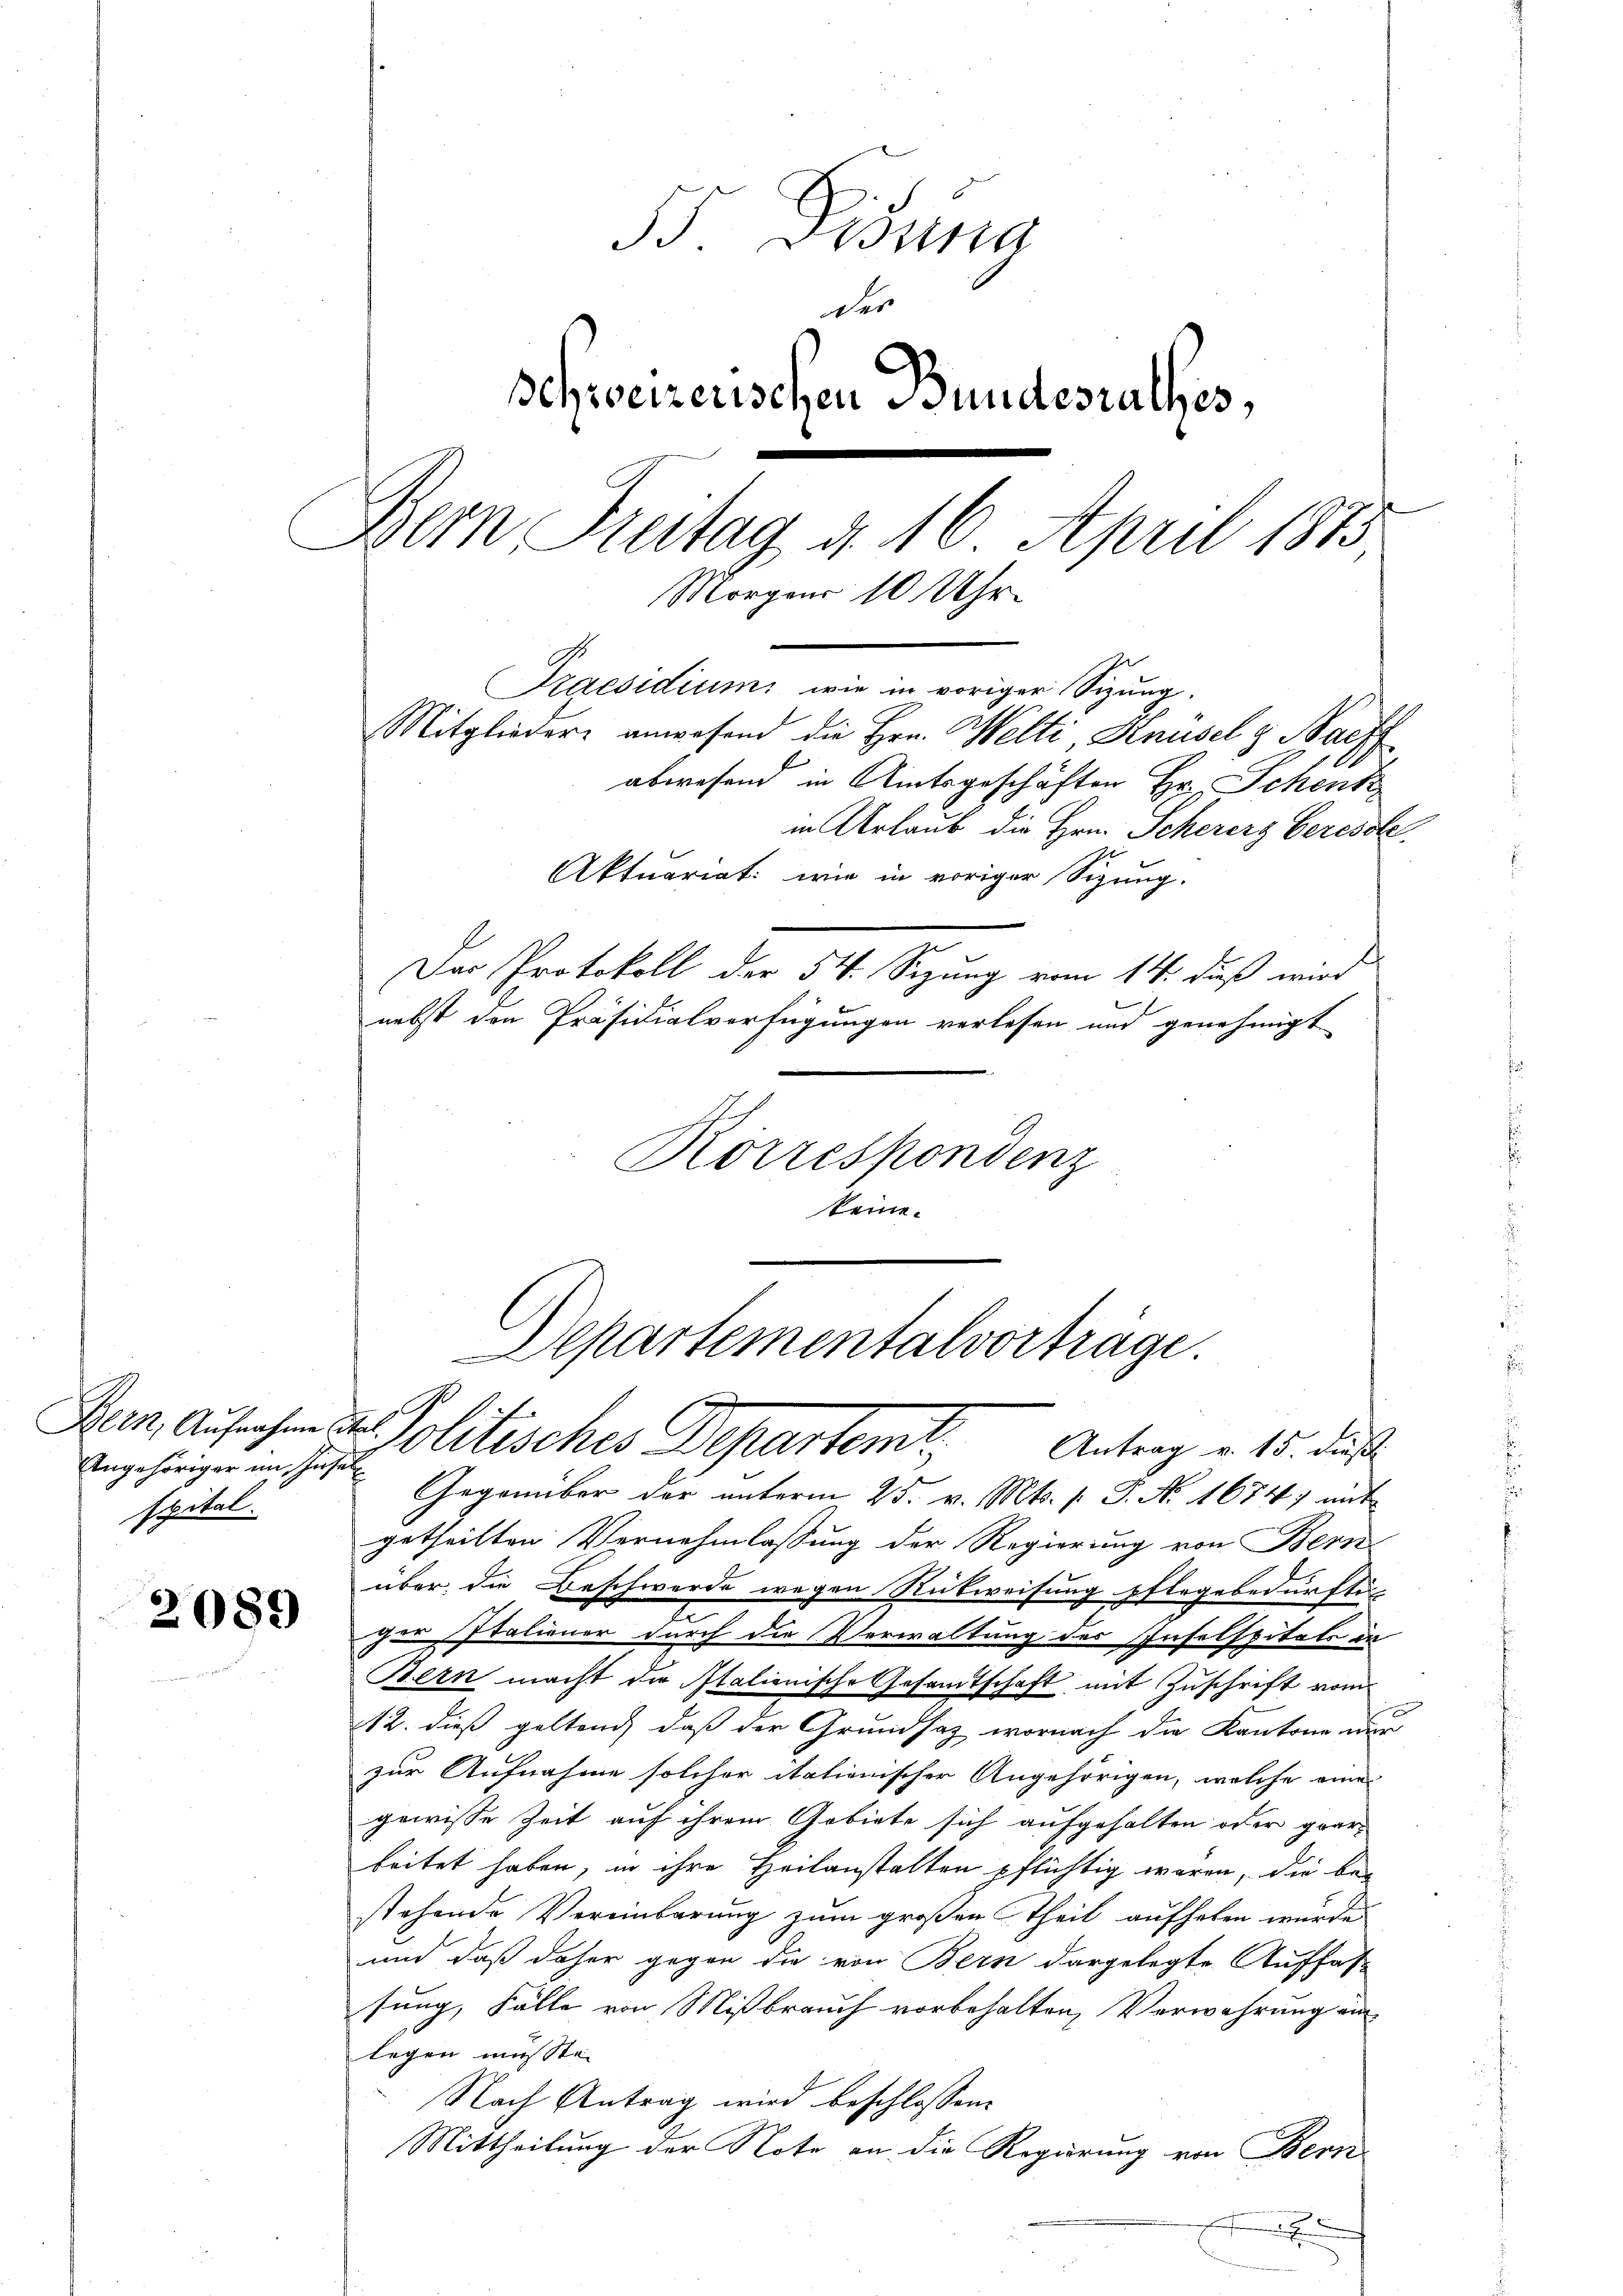
Angehöriger im Insel
spital.

2089

55. Disung
Schweizerischen Bundesrathes,
Bern Freitag d. 16. April 1873
Morgens 10 Uhr
Praesidium wie in voriger Sizung.
Mitglieder anwesend die Hrn. Welti Knüsel & Bachf
abwesend in Amtsgeschäften Hr. Schenk
in Urlaub die Hrn. Scherer Geresol
Aktuariat: wie in voriger Sitzung.
Der Protokoll der 54. Sizung vom 14. dieß wird
nebst den Präsidialverfügungen verlesen und genehmigt

Separtementalvorträge.
Bern, Aufrechen der Politisches Departem Antrag v. 15. des

des

Korrespondenz
keine.

Gegenüber der unterm 25. v. Mts. (: P. No. 1674, mit
getheilten Vernehmlassung der Regierung von Bern
über die Beschwerde wegen Rückweisung pflegebedurfte-
ger Italiener durch die Verwaltung des Inselspitals in
Bern macht die Italienische Gesandtschaft mit Zuschrift vom
12. dieß geltend daß der Grundsaz, wornach die Kantone nur
zur Aufnahme solcher italienischer Angehörigen, welche eine
gewisse Zeit auf ihrem Gebiete sich aufgehalten oder gearbeitet haben, in ihre Heilanstalten pflichtig wären, die be-
stehende Vereinbarung zum großen Theil aufheben wurde,
und daß daher gegen die von Bern dargelegte Auffas-
sung, Fälle von Mißbrauch vorbehalten, Verwahrung einlegen musste.
Nach Antrag wird beschlossen:
Mittheilung der Note an die Regierung von Bern
x